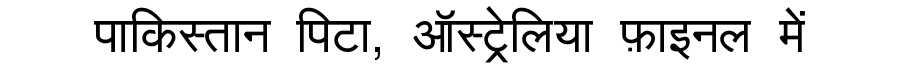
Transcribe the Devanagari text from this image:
पाकिस्तान पिटा, ऑस्ट्रेलिया फ़ाइनल में